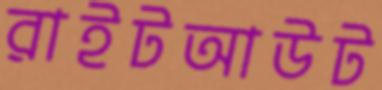
রাইটআউট